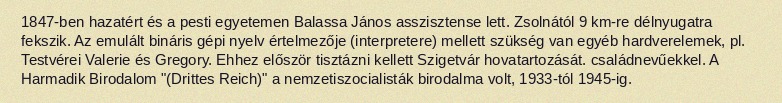
1847-ben hazatért és a pesti egyetemen Balassa János asszisztense lett. Zsolnától 9 km-re délnyugatra fekszik. Az emulált bináris gépi nyelv értelmezője (interpretere) mellett szükség van egyéb hardverelemek, pl. Testvérei Valerie és Gregory. Ehhez először tisztázni kellett Szigetvár hovatartozását. családnevűekkel. A Harmadik Birodalom "(Drittes Reich)" a nemzetiszocialisták birodalma volt, 1933-tól 1945-ig.